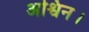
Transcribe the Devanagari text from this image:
अश्विन।